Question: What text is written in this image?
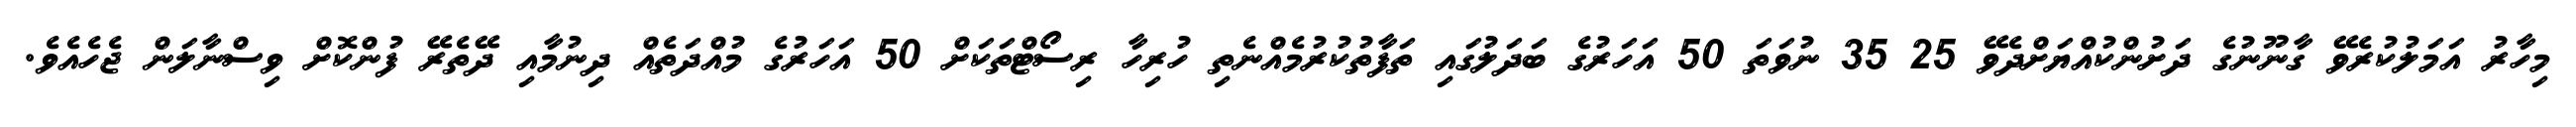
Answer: މިހާރު އަމަލުކުރެވޭ ގާނޫނުގެ ދަށުންކުއްޔަށްދެވޭ 25 35 ނުވަތަ 50 އަހަރުގެ ބަދަލުގައި ތަފާތުކުރުމެއްނެތި ހުރިހާ ރިސޯޓްތަކަށް 50 އަހަރުގެ މުއްދަތެއް ދިނުމާއި ދޭތެރޭ ފުންކޮށް ވިސްނާލަން ޖެހެއެވެ.